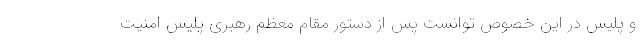
و پلیس در این خصوص توانست پس از دستور مقام معظم رهبری پلیس امنیت